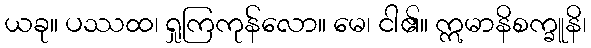
ယခု။ ပဿထ၊ ရှုကြကုန်လော။ မေ၊ ငါ၏။ ဣမာနိစက္ခူနိ၊